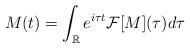
LaTeX: \begin{align*}M(t) = \int_{\mathbb{R}} e^{i \tau t} \mathcal{F} [ M] (\tau) d\tau\end{align*}